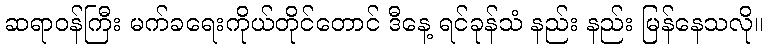
ဆရာဝန်ကြီး မက်ခရေးကိုယ်တိုင်တောင် ဒီနေ့ ရင်ခုန်သံ နည်း နည်း မြန်နေသလို။